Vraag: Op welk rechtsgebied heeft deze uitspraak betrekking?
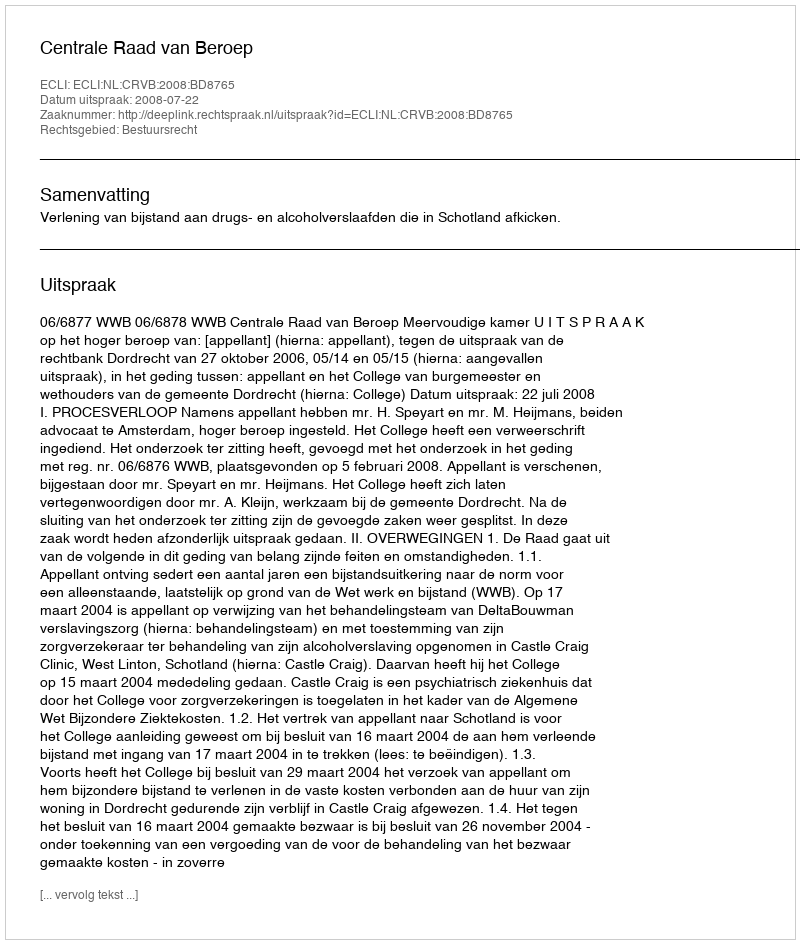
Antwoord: Bestuursrecht